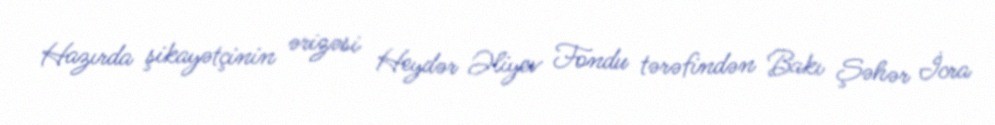
Hazırda şikayətçinin ərizəsi Heydər Əliyev Fondu tərəfindən Bakı Şəhər İcra